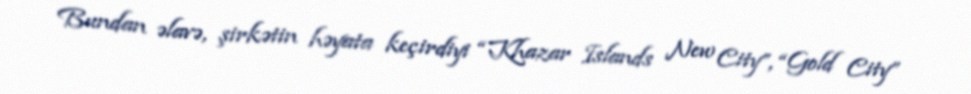
Bundan əlavə, şirkətin həyata keçirdiyi “Khazar Islands New City”, “Gold City”